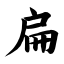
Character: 扁